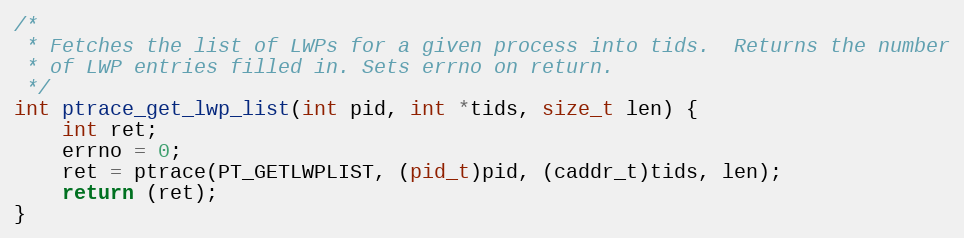
Language: C
/*
 * Fetches the list of LWPs for a given process into tids.  Returns the number
 * of LWP entries filled in. Sets errno on return.
 */
int ptrace_get_lwp_list(int pid, int *tids, size_t len) {
	int ret;
	errno = 0;
	ret = ptrace(PT_GETLWPLIST, (pid_t)pid, (caddr_t)tids, len);
	return (ret);
}